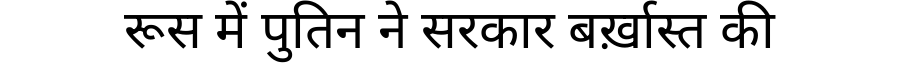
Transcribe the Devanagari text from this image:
रूस में पुतिन ने सरकार बर्ख़ास्त की